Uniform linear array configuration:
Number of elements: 8
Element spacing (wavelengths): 0.25
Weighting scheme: cosine
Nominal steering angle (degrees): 60
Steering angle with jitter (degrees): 61.828
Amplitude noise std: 0.05
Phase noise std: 0.05

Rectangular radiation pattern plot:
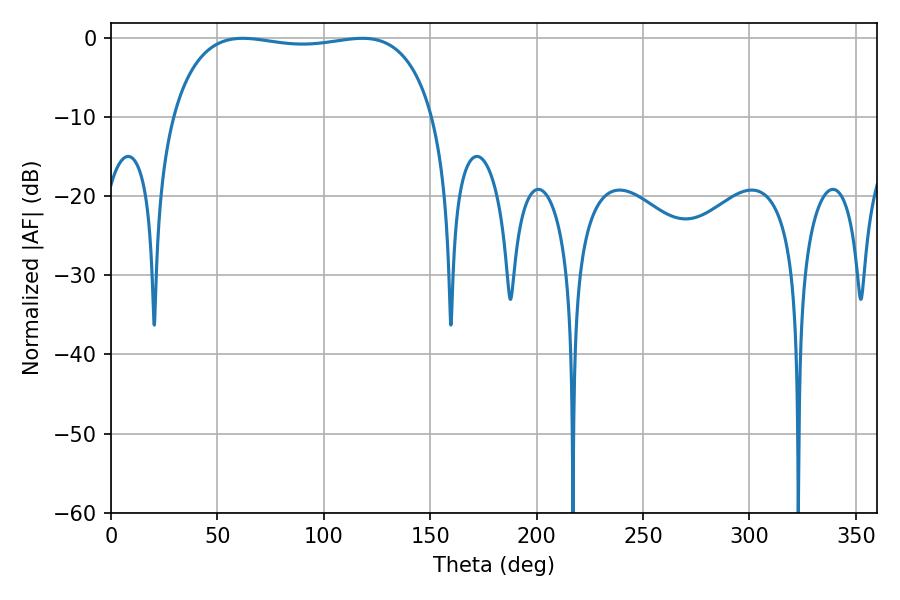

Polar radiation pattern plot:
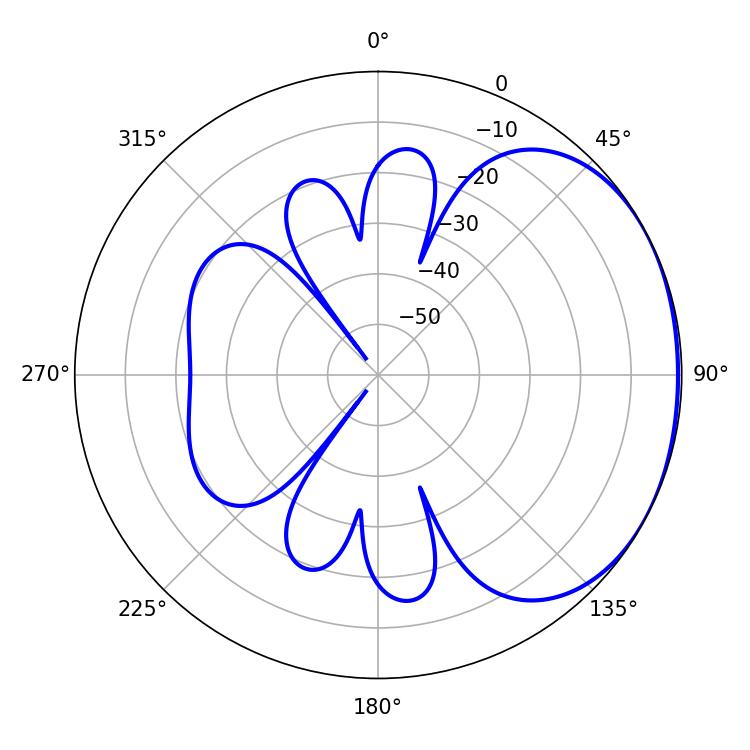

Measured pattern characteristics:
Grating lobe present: FALSE
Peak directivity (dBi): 1.522
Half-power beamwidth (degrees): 99
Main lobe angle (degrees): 61.92